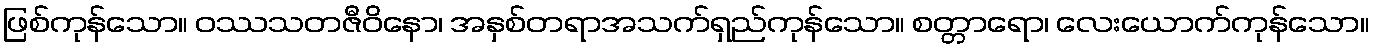
ဖြစ်ကုန်သော။ ဝဿသတဇီဝိနော၊ အနှစ်တရာအသက်ရှည်ကုန်သော။ စတ္တာရော၊ လေးယောက်ကုန်သော။